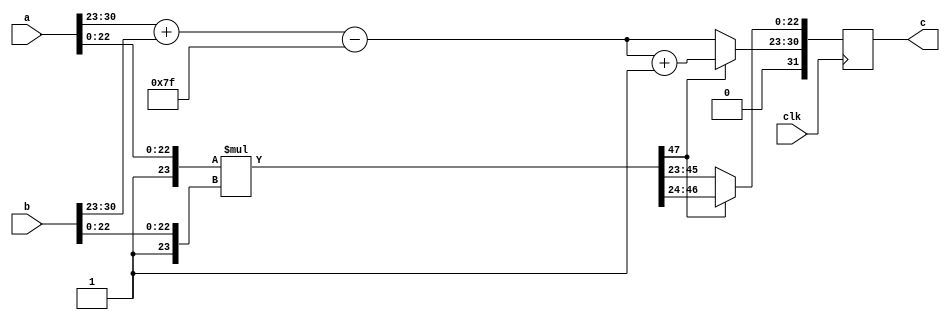
`timescale 1ns / 1ps
//////////////////////////////////////////////////////////////////////////////////
// Company: 
// Engineer: 
// 
// Design Name: 
// Module Name: mul
// Project Name: 
// Target Devices: 
// Tool Versions: 
// Description: 
// 
// Dependencies: 
// 
// Revision:
// Revision 0.01 - File Created
// Additional Comments:
// 
//////////////////////////////////////////////////////////////////////////////////


module mul(a,b,c,clk);

output reg [31:0] c;
input [31:0] a,b;
reg [31:0] temp,a_min,b_max;
reg [8:0] expsum;
reg [23:0] a_man,b_man;
reg [47:0] prd_man;
input clk;




always @(posedge clk)
begin

//a= 32'b00111111100011111000000000110100;    //1.1211
//b= 32'b00111111100101101000011100101011;    //1.1760


if(a>b)
begin
a_min=b;
b_max=a;
end
if(b>a)
begin
a_min=a;
b_max=b;
end



c[31]=0;

expsum=a[30:23]+b[30:23]-127;
a_man[23]=1;
a_man[22:0]=a[22:0];
b_man[23]=1;
b_man[22:0]=b[22:0];

prd_man=a_man*b_man;

if(prd_man[47]==1)
begin
c[30:23]=expsum+1;
c[22:0]=prd_man[46:24];
end

if(prd_man[47]==0)
begin
c[30:23]=expsum;
c[22:0]=prd_man[45:23];
end

end



endmodule